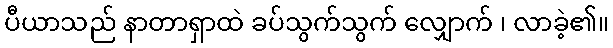
ပီယာသည် နာတာရှာထဲ ခပ်သွက်သွက် လျှောက် ၊ လာခဲ့၏။